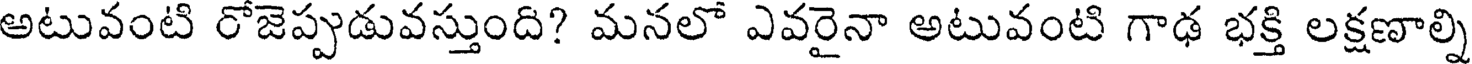
అటువంటి రోజెప్పుడువస్తుంది? మనలో ఎవరైనా అటువంటి గాఢ భక్తి లక్షణాల్ని